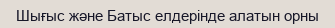
Шығыс және Батыс елдерінде алатын орны